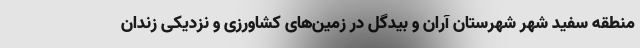
منطقه سفید شهر شهرستان آران و بیدگل در زمین‌های کشاورزی و نزدیکی زندان